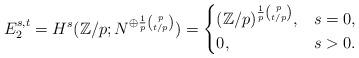
LaTeX: \begin{align*}E_2^{s,t}=H^s(\mathbb{Z}/p;N^{\oplus\frac{1}{p}{p\choose t/p}})=\begin{cases}(\mathbb{Z}/p)^{\frac{1}{p}{p\choose t/p}},& s=0,\\0,& s>0.\end{cases}\end{align*}